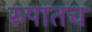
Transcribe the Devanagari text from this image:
रुपातच